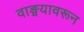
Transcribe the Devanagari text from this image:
वाङ्मयावरून